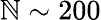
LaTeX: \mathbb{N}\sim200